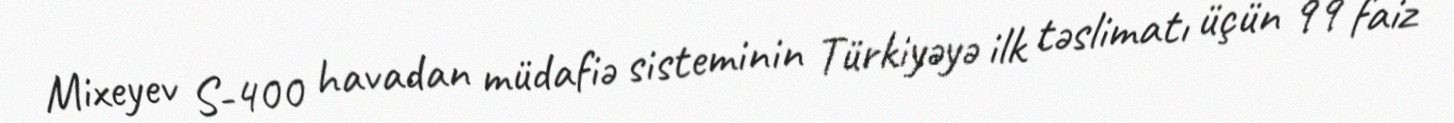
Mixeyev S-400 havadan müdafiə sisteminin Türkiyəyə ilk təslimatı üçün 99 faiz